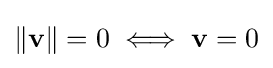
\|\mathbf {v} \|=0\iff \mathbf {v} =0